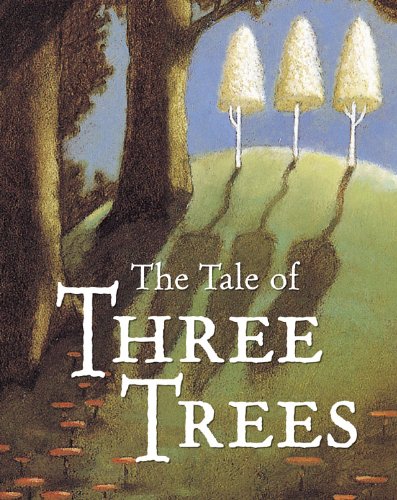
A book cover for The Tale of Three Trees : A Traditional Folktale; Angela Elwell Hunt; Children's Books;